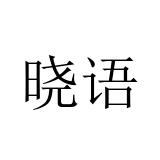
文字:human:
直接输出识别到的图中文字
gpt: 晓语